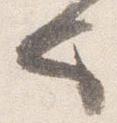
也